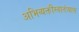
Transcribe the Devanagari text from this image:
अभिव्यक्तीस्वातंत्र्यास